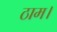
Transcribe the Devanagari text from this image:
ठाम।